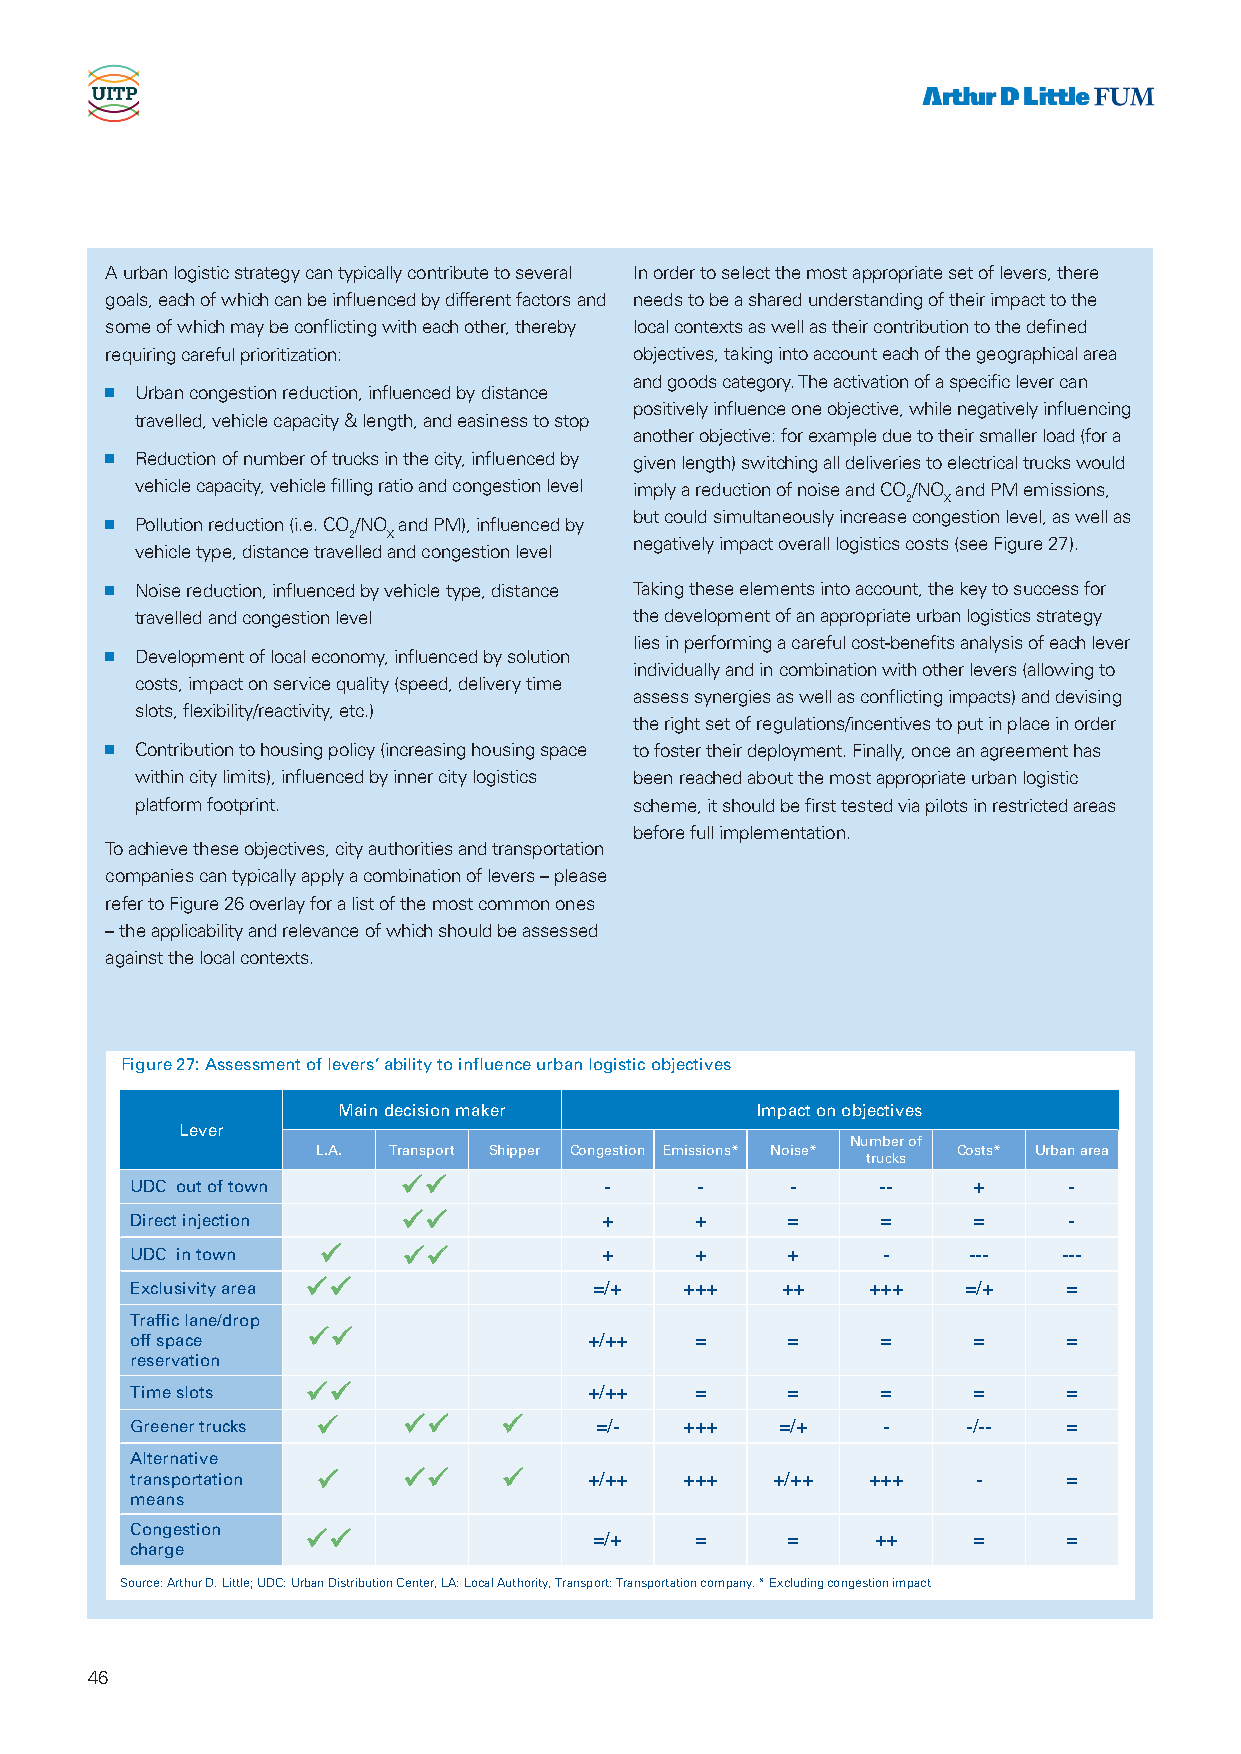
A urban logistic strategy can typically contribute to several In order to select the most appropriate set of levers, there
 goals, each of which can be influenced by different factors and needs to be a shared understanding of their impact to the
 some of which may be conflicting with each other, thereby local contexts as well as their contribution to the defined
 requiring careful prioritization:  objectives, taking into account each of the geographical area
 and goods category. The activation of a specific lever can
 n Urban congestion reduction, influenced by distance
 positively influence one objective, while negatively influencing
 travelled, vehicle capacity & length, and easiness to stop
 another objective: for example due to their smaller load (for a
 n Reduction of number of trucks in the city, influenced by given length) switching all deliveries to electrical trucks would
 vehicle capacity, vehicle filling ratio and congestion level imply a reduction of noise and CO/NO and PM emissions,
 2 X
 but could simultaneously increase congestion level, as well as
 n Pollution reduction (i.e. CO/NO and PM), influenced by
 2  X
 negatively impact overall logistics costs (see Figure 27).
 vehicle type, distance travelled and congestion level
 n Noise reduction, influenced by vehicle type, distance Taking these elements into account, the key to success for
 travelled and congestion level   the development of an appropriate urban logistics strategy
 lies in performing a careful cost-benefits analysis of each lever
 n Development of local economy, influenced by solution
 individually and in combination with other levers (allowing to
 costs, impact on service quality (speed, delivery time
 assess synergies as well as conflicting impacts) and devising
 slots, flexibility/reactivity, etc.)
 the right set of regulations/incentives to put in place in order
 n Contribution to housing policy (increasing housing space to foster their deployment. Finally, once an agreement has
 within city limits), influenced by inner city logistics been reached about the most appropriate urban logistic
 platform footprint.              scheme, it should be first tested via pilots in restricted areas
 before full implementation.
 To achieve these objectives, city authorities and transportation
 companies can typically apply a combination of levers – please
 refer to Figure 26 overlay for a list of the most common ones
 – the applicability and relevance of which should be assessed
 against the local contexts.
 Figure 27: Assessment of levers’ ability to influence urban logistic objectives
 Main decision maker         Impact on objectives
 Lever
 Number of
 L.A. Transport Shipper Congestion Emissions* Noise* Costs* Urban area
 trucks
 UDC out of town              -     -     -     --    +      -
 Direct injection             +     +     =     =     =      -
 UDC in town                 +     +     +     -     ---   ---
 Exclusivity area            =/+   +++    ++   +++    =/+    =
 Traffic lane/drop
 
 off space                     +/++   =     =     =     =      =
 reservation
 Time slots                  +/++   =     =     =     =      =
 Greener trucks            =/-   +++    =/+   -     -/--   =
 Alternative
 transportation            +/++  +++   +/++  +++     -     =
 means
 Congestion                  =/+    =     =     ++    =      =
 charge
 Source: Arthur D. Little; UDC: Urban Distribution Center, LA: Local Authority, Transport: Transportation company. * Excluding congestion impact
 46